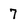
Character: 7